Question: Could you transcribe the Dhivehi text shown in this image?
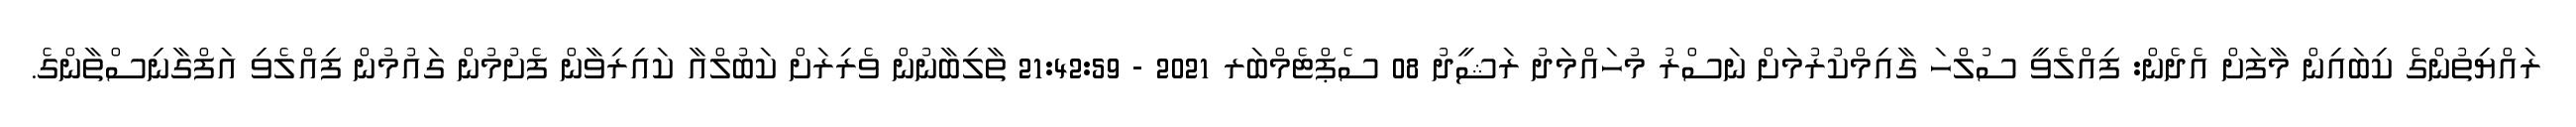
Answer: ރައްޔިތުންގެ ކިބައިން މާފަށް އެދެން: ފިއްލެވީ ސުލްހަ ގާއިމްކުރުމަށް ނަސްރު މުހައްމަދު ރަޝީދު 08 ސެޕްޓެމްބަރ 2021 - 21:42:59 ތާލިބާނުން ވެރިރަށް ކަބުލްއާ ކައިރިވާން ފެށުމުން ގައުމުން ފިއްލެވި އަފްގާނިސްތާންގެ.